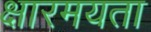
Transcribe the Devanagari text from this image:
क्षारमयता